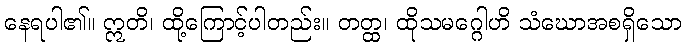
နေရပါ၏။ ဣတိ၊ ထို့ကြောင့်ပါတည်း။ တတ္ထ၊ ထိုသမဂ္ဂေါဟိ သံဃောအစရှိသော